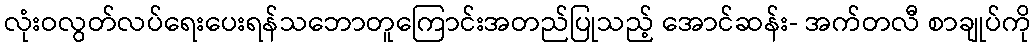
လုံးဝလွတ်လပ်ရေးပေးရန်သဘောတူကြောင်းအတည်ပြုသည့် အောင်ဆန်း- အက်တလီ စာချုပ်ကို